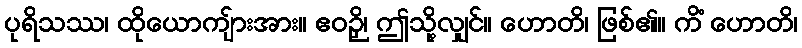
ပုရိသဿ၊ ထိုယောကျ်ားအား။ ဧဝဉှိ၊ ဤသို့လျှင်။ ဟောတိ၊ ဖြစ်၏။ ကိံ ဟောတိ၊